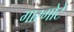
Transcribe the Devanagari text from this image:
गारगोटे